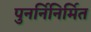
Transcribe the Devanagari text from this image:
पुनर्निनिर्मित